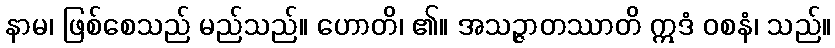
နာမ၊ ဖြစ်စေသည် မည်သည်။ ဟောတိ၊ ၏။ အသဉ္ဇာတဿာတိ ဣဒံ ဝစနံ၊ သည်။